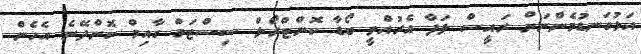
އަޅުގަނޑުމެންނަށް ރައީސް ލަފާ އެރުއްވީ ބޯޑާ ކޮންޓްރޯލް ސިސްޓަމް ގާއިމް ކޮށްދޭނެ އެހެން